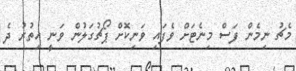
މެޗު ނިމެން ފަސް މިނެޓަށް ވެފައި ވަނިކޮށް ޕޯޗުގަލުން ވަނީ އިތުރު ދެ